Annual vaccination report of Bihar and Orissa - 1911-1928
Year: 1911
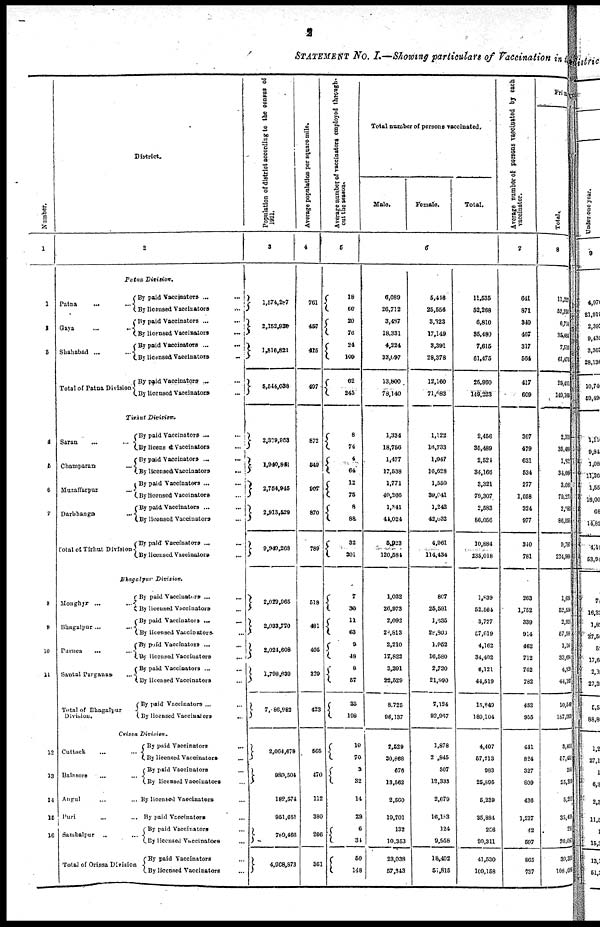
2
STATEMENT No. I.—Showing particulars of Vaccination in the
Number.
1
1
2
3
4
5
6
7
8
9
10
11
12
13
14
15
10
District.
2
Patna
Division.
Patna... ...
Gaya
...
...
Shahabad...
Total of Patna Division
By paid Vaccinators... ...
By licensed
Vaccinators...
...
By paid
Vaccinators...
...
By licensed Vaccinators
...
...
By paid
Vaccinators...
...
By licensed
Vaccinators...
...
By paid
Vaccinators...
...
By licensed
Vaccinators...
Tirhut
Division.
Saran... ...
Champaran...
...
Muzaffarpur...
...
Darbhanga...
...
Total of Tirhut Division
By paid Vaccinators... ...
By licens & Vaccinators... ...
By paid
Vaccinators...
...
By licensed Vaccinators...
...
By paid Vaccinaters ...
...
By licensed Vaccinators... ...
By paid Vaccinators... ...
By licenced Vaccinators... ...
By paid Vaccinators ...
...
By licensed Vaccinators... ...
Bhagalpur Division.
Monghyr... ... ...
Bhagalpur... ...
Purnea...
...
Santal Parganas... ...
Total of Bhagalpur
Division.
By paid Vaccinators...
...
...
By licensed Vaccinators... ... ...
By paid
Vaccinators...
...
By licensed Vaccinators... ...
By paid Vaccinators... ...
By licensed
Vaccinators...
...
By paid Vaccinators... ...
By licensed Vaccinators... ...
By paid Vaccinators... ...
By licensed
Vaccinators...
...
Orissa
Division.
Cuttack... ...
Balasore... ...
Angul... ...
Puri... ...
Sambalpur...
...
Total of Orissa Division.
By paid Vaccinators... ...
By licensed Vaccinators...
...
By paid Vaccinators... ...
By licensed Vaccinators... ...
By licensed Vaccinators... ...
By paid
Vaccinators...
...
By paid Vaccinators... ...
By licensed Vaccinators... ...
By paid Vaccinators... ...
By licensed Vaccinators...
Population of district according to the census of
1921.
3
l,574,287
2,152,930
1,816,821
5,544,038
2,339,953
1,940,841
2,754,945
2,913,529
9,949,268
2,029,965
2,033,770
2,024,608
1,798,639
7, 86,982
2,064,678
980,504
182,574
951,651
789,466
4,968,873
Average population per square mile.
4
761
457
415
497
872
549
907
870
789
518
481
405
329
423
565
470
112
380
206
361
Average number of vaccinators employed through-
out the season.
5
18
60
20
76
24
109
62
245
8
74
4
64
12
75
8
88
32
301
7
30
11
63
9
48
8
57
35
198
10
70
3
32
14
29
6
34
50
148
Total number of persons vaccinated.
Male.
Female.
Total.
6
6,089
26,712
3,437
18,331
4,224
33,097
13,800
78,140
1,334
18,756
1,477
17,538
1,771
40,266
1,341
41,024
5,923
120,584
1,032
26,973
2,092
28,813
2,210
17,823
3,391
22,529
8,725
96,137
2,529
30,868
576
13,562
2,560
10,701
132
10,353
23,038
57,343
5,416
25,556
3,823
17,149
3,391
28,378
12,160
71,083
1,122
16,733
1,047
16,628
1,550
39,041
1,242
42,032
4,961
114,434
807
25,591
1,635
28,800
1,962
16,580
2,730
21,990
7,124
92,967
1,878
2,845
807
12,333
2,679
16,183
124
9,958
18,492
51,815
11,535
52,268
6,810
35,480
7,615
61,475
25,960
149,223
2,456
35,489
2,524
34,166
3,321
70,307
2,583
86,056
10,884
235,018
1,839
52,564
3,727
57,619
4,162
34,402
6,121
44,519
15,849
180,104
4,407
57,713
983
25,895
5,239
35,884
256
20,311
41,530
109,158
Average number of persons vaccinated by each
vaccinator.
7
641
871
340
467
317
564
417
609
307
479
631
534
277
1,058
324
977
340
781
263
1,752
339
914
462
712
762
782
452
955
441
824
327
809
436
1,237
42
597
865
737
Prim
Total.
8
11,222
52,230
6,714
86,484
7,510
61,475
26,451
149,160
2,311
35,48
l,32
34,68
3,08
79,27
258
86,056
9,797
234,904
1,68
62,55
2,99
67,5
1,10
33,60
4,8
44,16
10,54
167,999
3,405
67,455
265
25,3
5,26
35,4
25
20,320
39,3
108,0